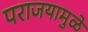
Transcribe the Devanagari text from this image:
पराजयामुळे